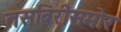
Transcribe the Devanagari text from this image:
तसबिरीसमोर